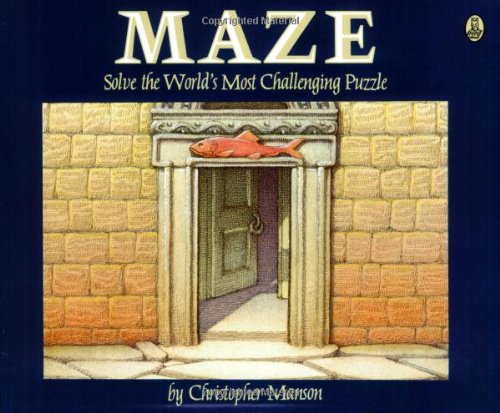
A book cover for Maze: Solve the World's Most Challenging Puzzle; Christopher Manson; Humor & Entertainment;